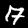
Digit: 7